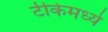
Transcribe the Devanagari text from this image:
टीकेमध्ये